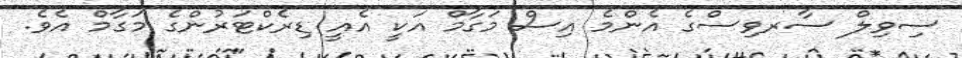
ސިވިލް ސާރވިސްގެ އެންމެ އިސް މަގާމް އަކީ އެއީ ޑިރެކްޓަރުންގެ މަގާމް އެވެ.